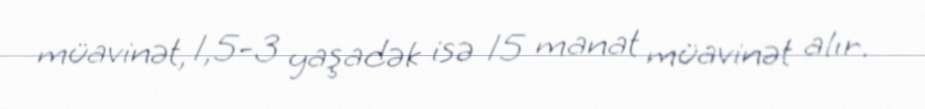
müavinət, 1,5-3 yaşadək isə 15 manat müavinət alır.